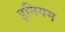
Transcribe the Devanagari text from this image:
इनियम